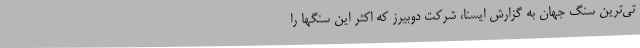
تی‌ترین سنگ جهان به گزارش ایسنا، شرکت دوبیرز که اکثر این سنگها را